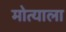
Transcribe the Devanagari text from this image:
मोत्याला